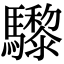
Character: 𩧋